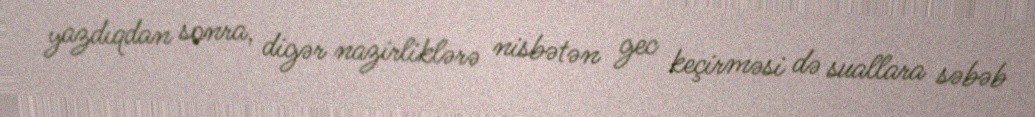
yazdıqdan sonra, digər nazirliklərə nisbətən gec keçirməsi də suallara səbəb